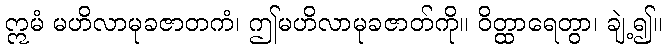
ဣမံ မဟိလာမုခဇာတကံ၊ ဤမဟိလာမုခဇာတ်ကို။ ဝိတ္ထာရေတွာ၊ ချဲ့၍။